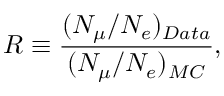
R \equiv { \frac { ( N _ { \mu } / N _ { e } ) _ { D a t a } } { ( N _ { \mu } / N _ { e } ) _ { M C } } } ,